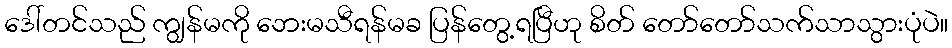
ဒေါ်တင်သည် ကျွန်မကို ဘေးမသီရန်မခ ပြန်တွေ့ရပြီဟု စိတ် တော်တော်သက်သာသွားပုံပဲ။